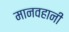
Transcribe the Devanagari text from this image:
मानवहानी